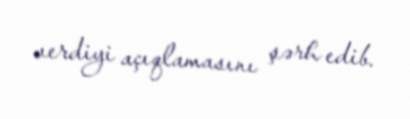
verdiyi açıqlamasını şərh edib.